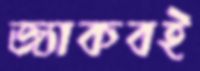
জ্যাকবই